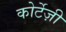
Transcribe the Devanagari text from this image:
कोर्टेज़ी